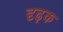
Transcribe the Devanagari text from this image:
दृढ़क